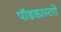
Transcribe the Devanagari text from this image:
पॉडकास्टरों